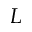
L